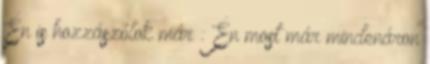
Én is hozzászólok már : Én most már mindenáron